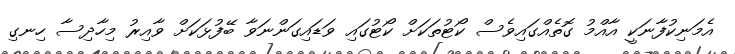
އެމަނިކުފާނަކީ އާއްމު ގޮތެއްގައިވެސް ކޯޓުތަކަށް ކޯޓުގައި ވަޑައިގަންނަވާ ބޭފުޅަކަށް ވާއިރު މިހާދިސާ ހިނގި